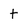
Character: t